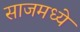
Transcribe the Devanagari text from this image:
साजमध्ये